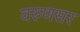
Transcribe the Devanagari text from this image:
वरुणसर